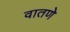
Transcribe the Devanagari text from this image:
वातणे